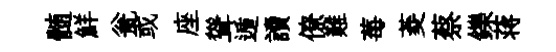
髄鮮瓮或座聳遁讀僚難莓菱蔡鑠蒋